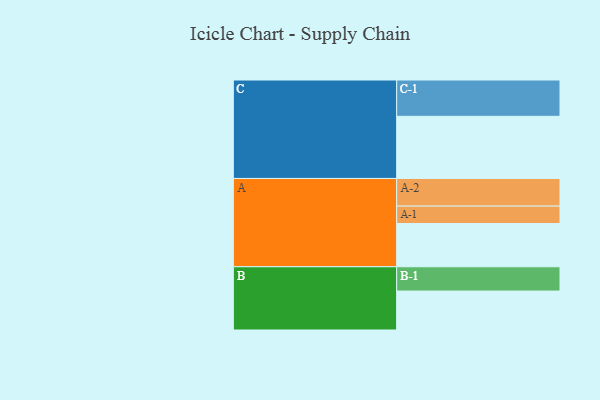
{"axis": {"x": "Segment", "y": "Value"}, "legend": ["", "A", "B", "C"], "data": [{"x": "A", "y": 349, "type": ""}, {"x": "B", "y": 314, "type": ""}, {"x": "C", "y": 501, "type": ""}, {"x": "A-1", "y": 140, "type": "A"}, {"x": "A-2", "y": 223, "type": "A"}, {"x": "B-1", "y": 196, "type": "B"}, {"x": "C-1", "y": 293, "type": "C"}]}